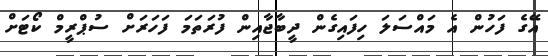
އޭގެ ފަހުން އެ މައްސަލަ ހިފައިގެން ދީބާޖާއިން ފުރަތަމަ ފަހަރަށް ސުޕްރީމް ކޯޓަށް